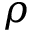
\rho